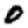
Digit: 0